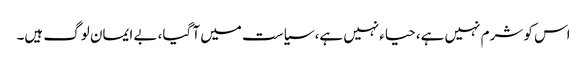
اس کو شرم نہیں ہے، حیاءنہیں ہے، سیاست میں آ گیا، بے ایمان لوگ ہیں۔